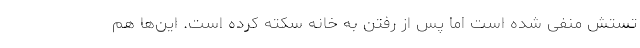
تستش منفی شده است اما پس از رفتن به خانه سکته کرده است. این‌ها هم